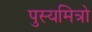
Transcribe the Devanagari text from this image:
पुस्यमित्रो